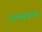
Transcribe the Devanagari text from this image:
रामचंद्रदास